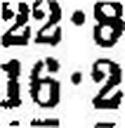
16•2